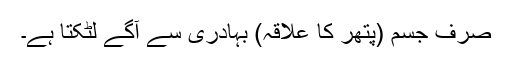
صرف جسم (پتھر کا علاقہ) بہادری سے آگے لٹکتا ہے۔